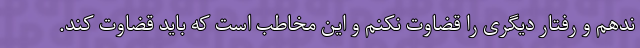
ندهم و رفتار دیگری را قضاوت نکنم و این مخاطب است که باید قضاوت کند.